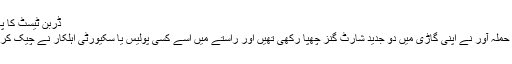
ڈربن ٹیسٹ کا پہلا دن نیوزی لینڈ کے نام
میڈیا رپورٹ کے مطابق حملہ آور نے اپنی گاڑی میں دو جدید شارٹ گنز چھپا رکھی تھیں اور راستے میں اسے کسی پولیس یا سکیورٹی اہلکار نے چیک کرنا مناسب ہی نہیں سمجھا۔